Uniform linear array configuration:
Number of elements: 8
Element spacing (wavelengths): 0.5
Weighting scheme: cosine
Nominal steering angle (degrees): -15
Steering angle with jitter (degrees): -16.103
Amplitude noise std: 0.05
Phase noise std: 0.05

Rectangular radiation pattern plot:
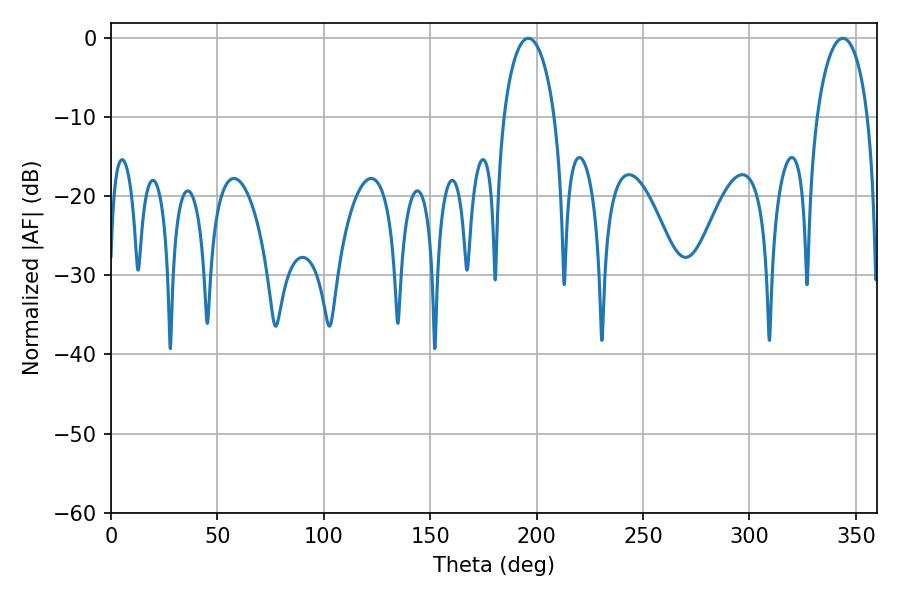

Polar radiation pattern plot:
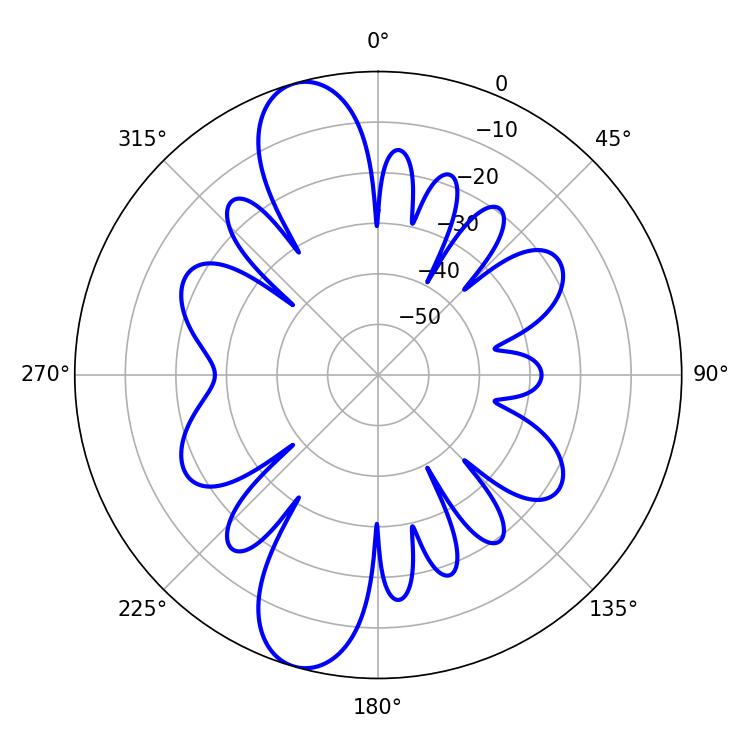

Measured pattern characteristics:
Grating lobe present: FALSE
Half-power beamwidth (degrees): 13.68
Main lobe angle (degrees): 196.02